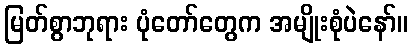
မြတ်စွာဘုရား ပုံတော်တွေက အမျိုးစုံပဲနော်။